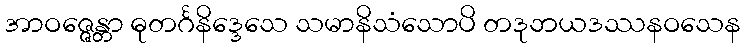
အာဝဇ္ဇေန္တာ ဓုတင်္ဂနိဒ္ဒေသေ သမာနိသံသောပိ တဒုဘယဒဿနဝသေန